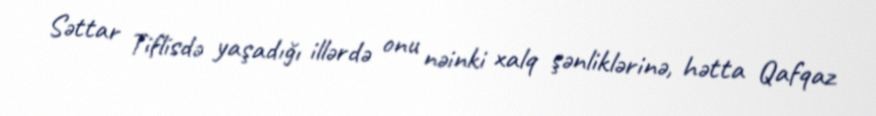
Səttar Tiflisdə yaşadığı illərdə onu nəinki xalq şənliklərinə, hətta Qafqaz